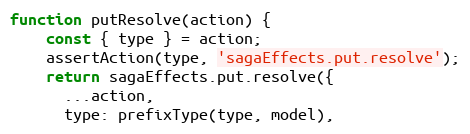
Language: JavaScript
function putResolve(action) {
    const { type } = action;
    assertAction(type, 'sagaEffects.put.resolve');
    return sagaEffects.put.resolve({
      ...action,
      type: prefixType(type, model),